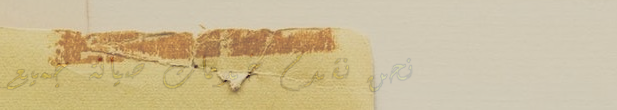
نحن نقدم خدمات صيانة جميع